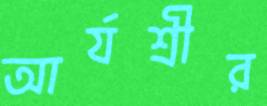
আর্যশ্রীর